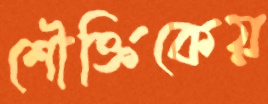
শৌক্তিকেয়